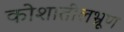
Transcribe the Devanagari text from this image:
कोशातीलभ्रूण